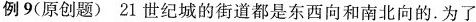
例9(原创题)21世纪城的街道都是东西向和南北向的.为了